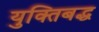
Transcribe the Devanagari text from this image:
युक्तिबद्ध